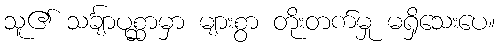
သူ၏ သင်္ချာပုစ္ဆာမှာ များစွာ တိုးတက်မှု မရှိသေးပေ။